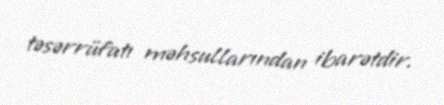
təsərrüfatı məhsullarından ibarətdir.